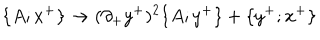
LaTeX: \{ A ; x ^ { + } \} \rightarrow ( \partial _ { + } y ^ { + } ) ^ { 2 } \{ A ; y ^ { + } \} + \{ y ^ { + } ; x ^ { + } \}